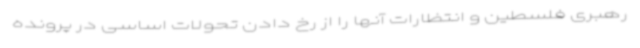
رهبری فلسطین و انتظارات آنها را از رخ دادن تحولات اساسی در پرونده